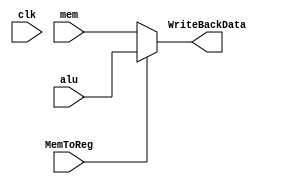
`timescale 1ns / 1ps
//////////////////////////////////////////////////////////////////////////////////
// Company: 
// Engineer: 
// 
// Design Name: 
// Module Name:    WriteBack 
// Project Name: 
// Target Devices: 
// Tool versions: 
// Description: 
//
// Dependencies: 
//
// Revision: 
// Revision 0.01 - File Created
// Additional Comments: 
//
//////////////////////////////////////////////////////////////////////////////////
module WriteBack(
    input clk,
    input [15:0] mem,
    input [15:0] alu,
    output [15:0] WriteBackData,
    input MemToReg
    );

assign WriteBackData=(MemToReg==0)?mem:alu;

endmodule